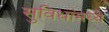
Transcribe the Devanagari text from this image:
सुविधांमध्ये